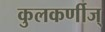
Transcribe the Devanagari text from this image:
कुलकर्णीज्